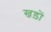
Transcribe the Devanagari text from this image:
खड़ों